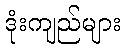
ဒုံးကျည်များ